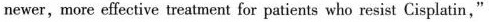
newer, more effective treatment for patients who resist Cisplatin,"